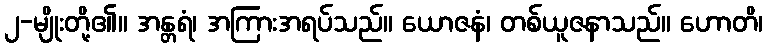
၂-မျိုးတို့၏။ အန္တရံ၊ အကြားအရပ်သည်။ ယောဇနံ၊ တစ်ယူဇနာသည်။ ဟောတိ၊